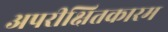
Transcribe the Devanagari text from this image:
अपरीक्षितकारम